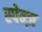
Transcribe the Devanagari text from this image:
स्पेन्ज़